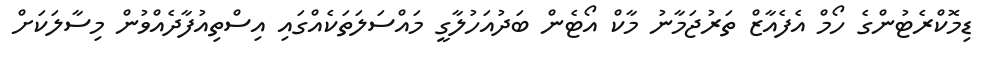
ޑިމޮކްރެޓުންގެ ހޯމް އެފެއާޒް ތަރުޖަމާނު މާކް އޯޓެން ބަދުއަހުލާގީ މައްސަލަތަކެއްގައި އިސްތިއުފާދެއްވުން މިސާލަކަށް